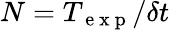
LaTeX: N=T_{\mathrm{~e~x~p~}}/\delta t